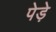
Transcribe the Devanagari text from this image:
पेड़े